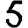
Digit: 5